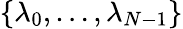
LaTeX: \{ \lambda_{0},\dots,\lambda_{N-1}\}